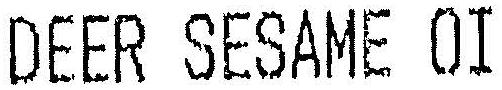
DEER SESAME OI